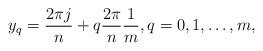
LaTeX: \begin{align*}y_q = \frac{2 \pi j}{n} + q \frac{2 \pi}{n} \frac{1}{m}, q = 0, 1, \ldots, m, \end{align*}